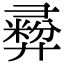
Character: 彛